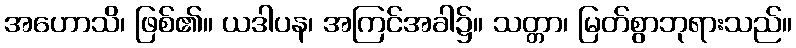
အဟောသိ၊ ဖြစ်၏။ ယဒါပန၊ အကြင်အခါ၌။ သတ္တာ၊ မြတ်စွာဘုရားသည်။